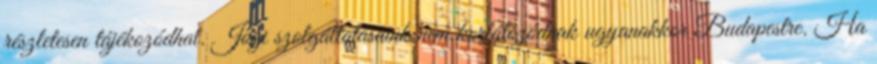
részletesen tájékozódhat. Jogi szolgáltatásaink nem korlátozódnak ugyanakkor Budapestre. Ha